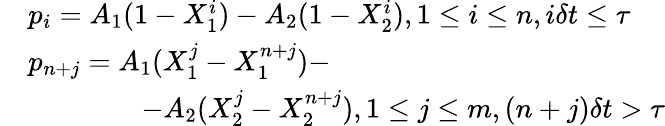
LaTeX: \begin{array}{rl}&{p_{i}=A_{1}(1-X_{1}^{i})-A_{2}(1-X_{2}^{i}),1\leq i\leq n,i\delta t\leq\tau}\\ &{p_{n+j}=A_{1}(X_{1}^{j}-X_{1}^{n+j})-}\\ &{\qquad\qquad-A_{2}(X_{2}^{j}-X_{2}^{n+j}),1\leq j\leq m,(n+j)\delta t>\tau}\end{array}